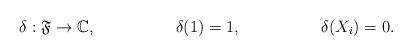
LaTeX: \begin{align*} \delta:\mathfrak{F}&\to \mathbb{C},&\delta(1)&=1,&\delta(X_i)&=0.\end{align*}